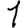
Digit: 1